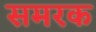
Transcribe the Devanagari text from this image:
समरक